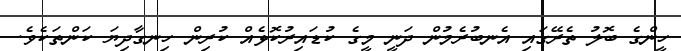
ހީންގެ ބޮލު ތެރޭގައި އެނބުރެމުން ދަނީ މީގެ ކުޑައިރުކޮޅެއް ކުރިން ހިނގާދިޔަ ކަންތަކެވެ.